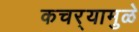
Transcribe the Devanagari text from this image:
कचर्‍यामुळे